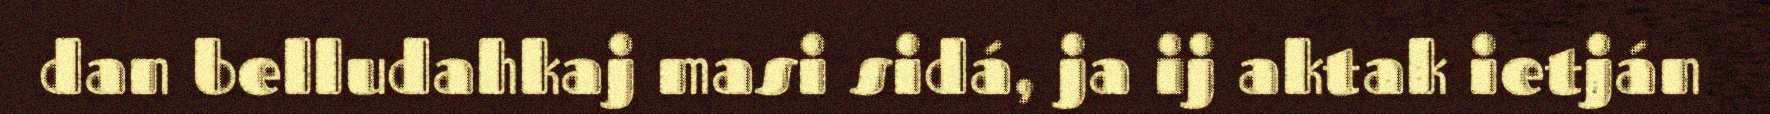
dan belludahkaj masi sidá, ja ij aktak ietján